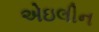
એઇલીન